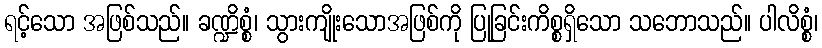
ရင့်သော အဖြစ်သည်။ ခဏ္ဍိစ္စံ၊ သွားကျိုးသောအဖြစ်ကို ပြုခြင်းကိစ္စရှိသော သဘောသည်။ ပါလိစ္စံ၊